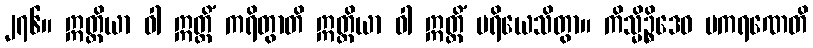
၂၇၆။ ဣတ္ထိယာ ဝါ ဣတ္ထိံ ကရိတွာတိ ဣတ္ထိယာ ဝါ ဣတ္ထိံ ပရိယေသိတွာ။ ကိသ္မိဉ္စိဒေဝ ပကရဏေတိ